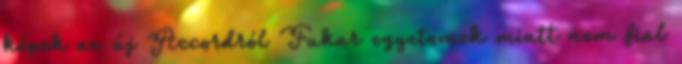
képek az új Accordról Fukar egyetemek miatt nem fial